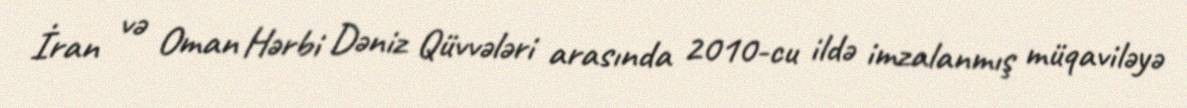
İran və Oman Hərbi Dəniz Qüvvələri arasında 2010-cu ildə imzalanmış müqaviləyə